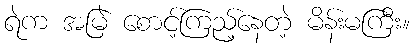
ရဲက အမြဲ စောင့်ကြည့်နေတဲ့ မိန်းမကြီး။